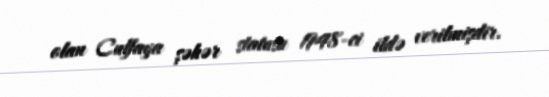
olan Culfaya şəhər statusu 1948-ci ildə verilmişdir.